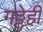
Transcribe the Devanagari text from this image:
गठ्ठेही